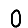
Digit: 0